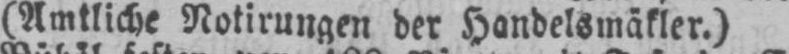
(Amtliche Notirungen der Handelsmäkler.)